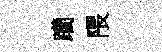
躪隈